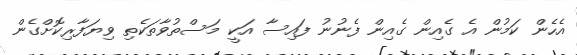
އެެހެން ކަމުން އެ ގެއިން ގެއިން ފެނުނު ފައިސާ އަކީ މަސްތުވާތަކެތި ވިޔަފާރިކޮށްގެން